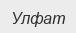
Улфат